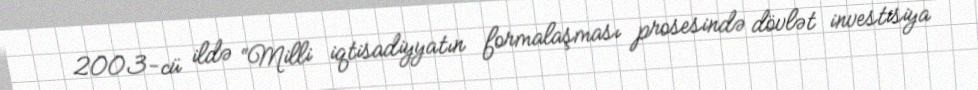
2003-cü ildə “Milli iqtisadiyyatın formalaşması prosesində dövlət investisiya